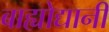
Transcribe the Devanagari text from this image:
बाह्योद्यानीं